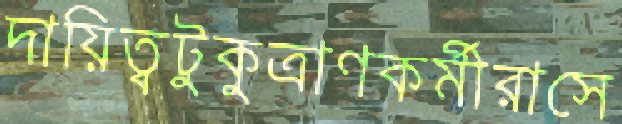
দায়িত্বটুকুত্রাণকর্মীরাসে